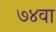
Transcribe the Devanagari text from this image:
७४वा